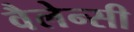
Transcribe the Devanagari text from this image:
वैलेन्सी